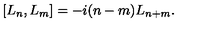
\left[ L _ { n } , L _ { m } \right] = - i ( n - m ) L _ { n + m } .